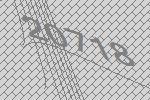
20718